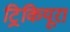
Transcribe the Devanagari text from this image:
ट्रिकियूरा